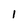
Character: 1